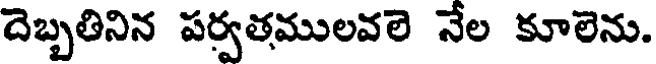
దెబ్బతినిన పర్వతములవలె నేల కూలెను.